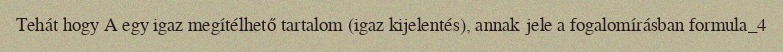
Tehát hogy A egy igaz megítélhető tartalom (igaz kijelentés), annak jele a fogalomírásban formula_4